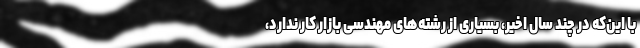
با این‌که در چند سال اخیر، بسیاری از رشته‌های مهندسی بازار کار ندارد،